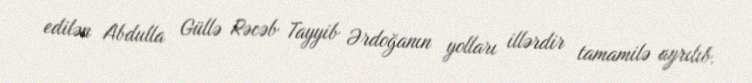
edilən Abdulla Güllə Rəcəb Tayyib Ərdoğanın yolları illərdir tamamilə ayrılıb.